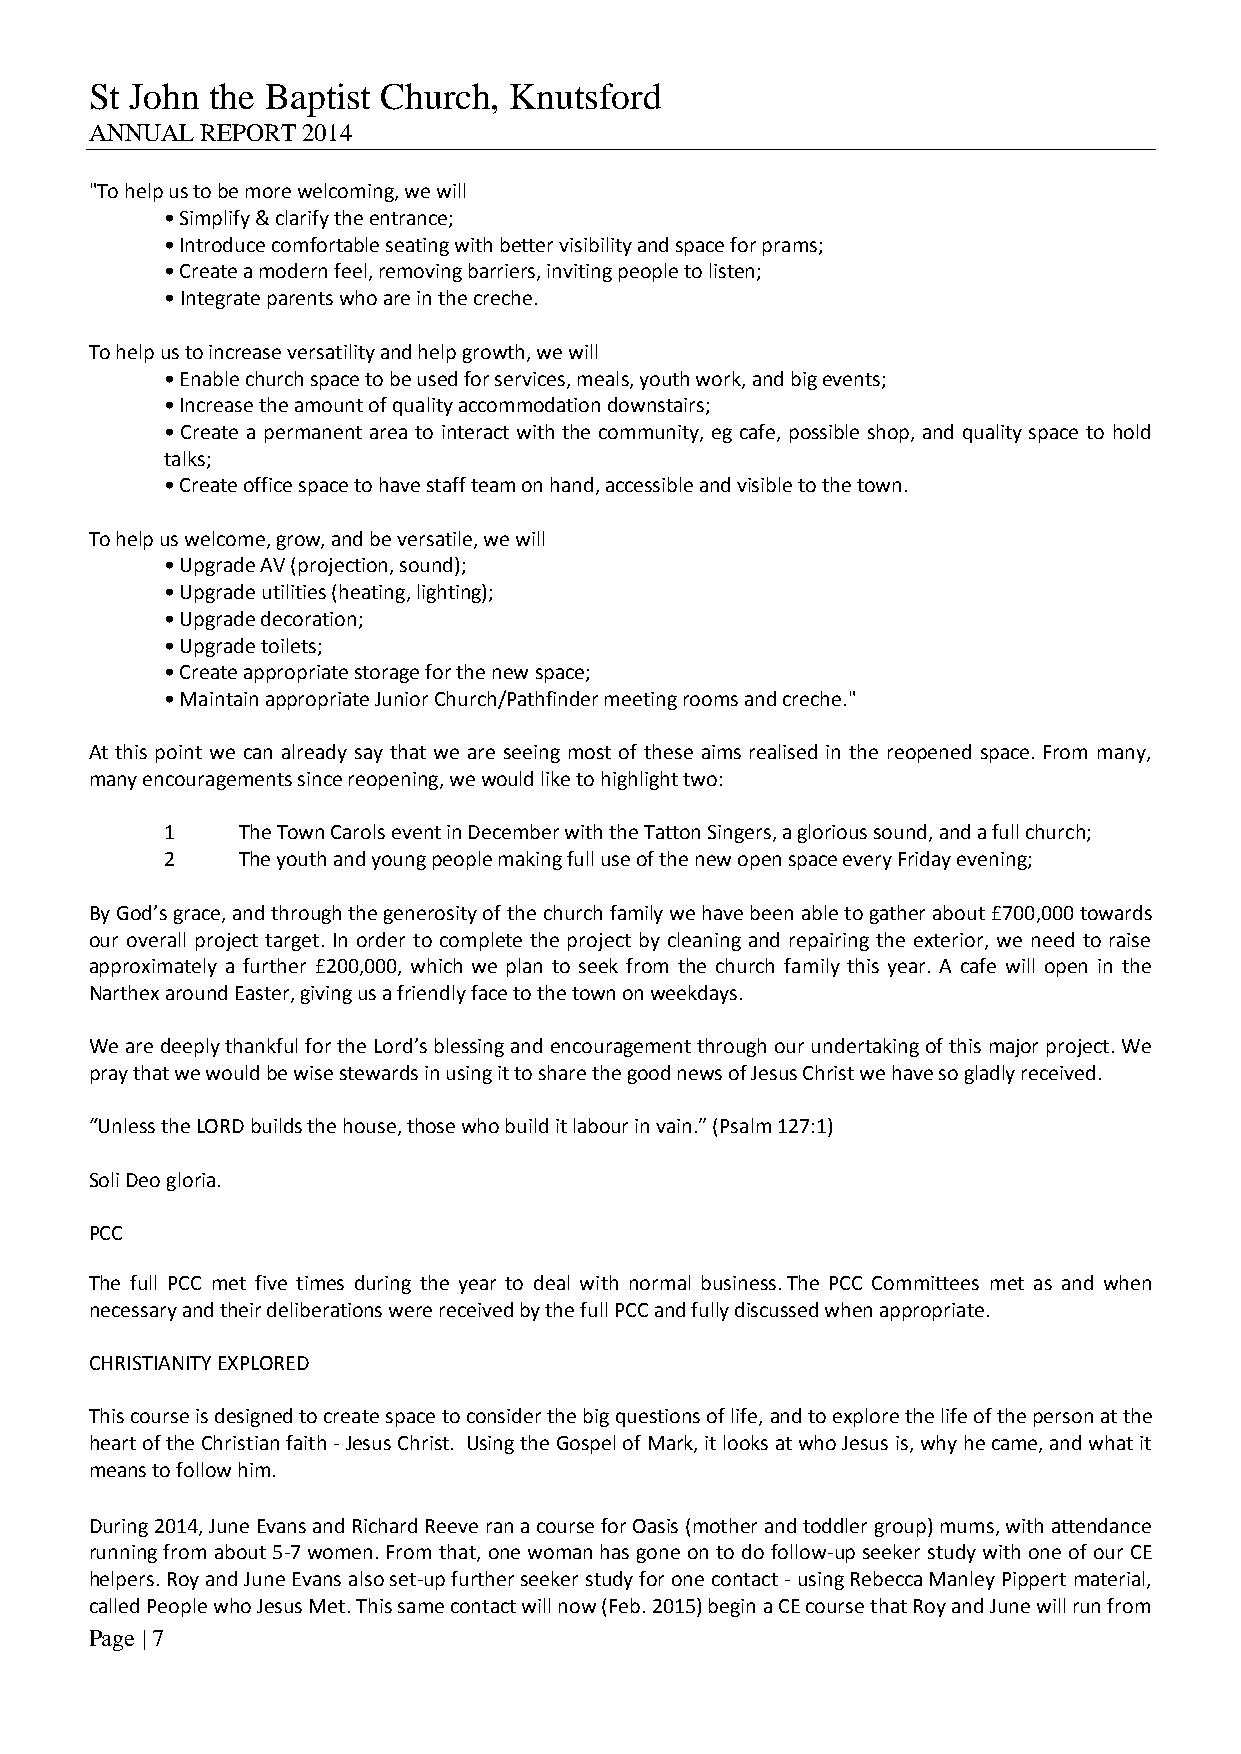
St John the Baptist Church, Knutsford
 ANNUAL REPORT 2014
 "To help us to be more welcoming, we will
 • Simplify & clarify the entrance;
 • Introduce comfortable seating with better visibility and space for prams;
 • Create a modern feel, removing barriers, inviting people to listen;
 • Integrate parents who are in the creche.
 To help us to increase versatility and help growth, we will
 • Enable church space to be used for services, meals, youth work, and big events;
 • Increase the amount of quality accommodation downstairs;
 • Create a permanent area to interact with the community, eg cafe, possible shop, and quality space to hold
 talks;
 • Create office space to have staff team on hand, accessible and visible to the town.
 To help us welcome, grow, and be versatile, we will
 • Upgrade AV (projection, sound);
 • Upgrade utilities (heating, lighting);
 • Upgrade decoration;
 • Upgrade toilets;
 • Create appropriate storage for the new space;
 • Maintain appropriate Junior Church/Pathfinder meeting rooms and creche."
 At this point we can already say that we are seeing most of these aims realised in the reopened space. From many,
 many encouragements since reopening, we would like to highlight two:
 1    The Town Carols event in December with the Tatton Singers, a glorious sound, and a full church;
 2    The youth and young people making full use of the new open space every Friday evening;
 By God’s grace, and through the generosity of the church family we have been able to gather about £700,000 towards
 our overall project target. In order to complete the project by cleaning and repairing the exterior, we need to raise
 approximately a further £200,000, which we plan to seek from the church family this year. A cafe will open in the
 Narthex around Easter, giving us a friendly face to the town on weekdays.
 We are deeply thankful for the Lord’s blessing and encouragement through our undertaking of this major project. We
 pray that we would be wise stewards in using it to share the good news of Jesus Christ we have so gladly received.
 “Unless the LORD builds the house, those who build it labour in vain.” (Psalm 127:1)
 Soli Deo gloria.
 PCC
 The full PCC met five times during the year to deal with normal business. The PCC Committees met as and when
 necessary and their deliberations were received by the full PCC and fully discussed when appropriate.
 CHRISTIANITY EXPLORED
 This course is designed to create space to consider the big questions of life, and to explore the life of the person at the
 heart of the Christian faith - Jesus Christ. Using the Gospel of Mark, it looks at who Jesus is, why he came, and what it
 means to follow him.
 During 2014, June Evans and Richard Reeve ran a course for Oasis (mother and toddler group) mums, with attendance
 running from about 5-7 women. From that, one woman has gone on to do follow-up seeker study with one of our CE
 helpers. Roy and June Evans also set-up further seeker study for one contact - using Rebecca Manley Pippert material,
 called People who Jesus Met. This same contact will now (Feb. 2015) begin a CE course that Roy and June will run from
 Page | 7